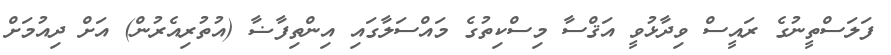
ފަލަސްތީނުގެ ރައީސް ވިދާޅުވީ އަޤްސާ މިސްކިތުގެ މައްސަލާގައި އިންތިފާޟާ (އުތުރިއެރުން) އަށް ދިއުމަށް